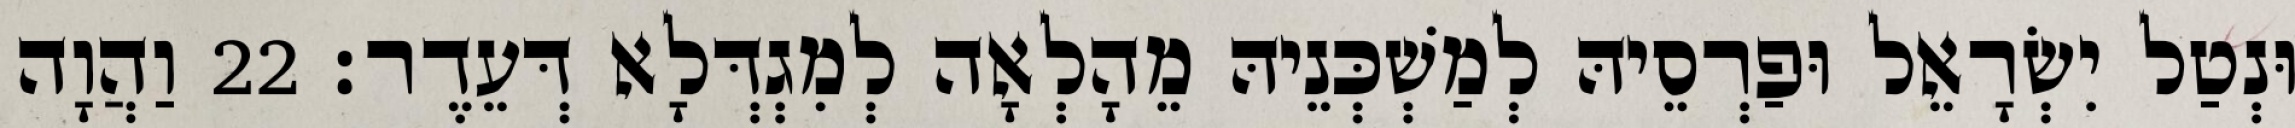
וּנְטַל יִשְׂרָאֵל וּפַרְסֵיהּ לְמַשְׁכְּנֵיהּ מֵהָלְאָה לְמִגְדְּלָא דְּעֵדֶר׃ 22 וַהֲוָה